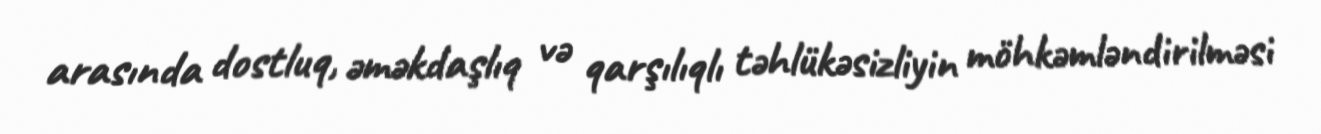
arasında dostluq, əməkdaşlıq və qarşılıqlı təhlükəsizliyin möhkəmləndirilməsi